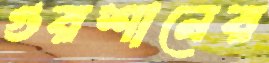
গুরশানের